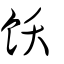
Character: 飫